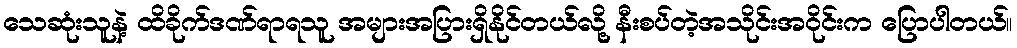
သေဆုံးသူနဲ့ ထိခိုက်ဒဏ်ရာရသူ အများအပြားရှိနိုင်တယ်လို့ နီးစပ်တဲ့အသိုင်းအဝိုင်းက ပြောပါတယ်။